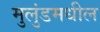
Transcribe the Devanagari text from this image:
मुलुंडमधील